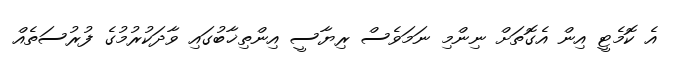
އެ ކޮމެޓީ އިން އެގޮތަށް ނިންމި ނަމަވެސް ރިޔާސީ އިންތިޚާބުގައި ވާދަކުރުމުގެ ފުރުސަތެއް